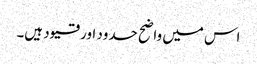
اس میں واضح حدود اور قیود ہیں۔